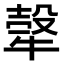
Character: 𤚼